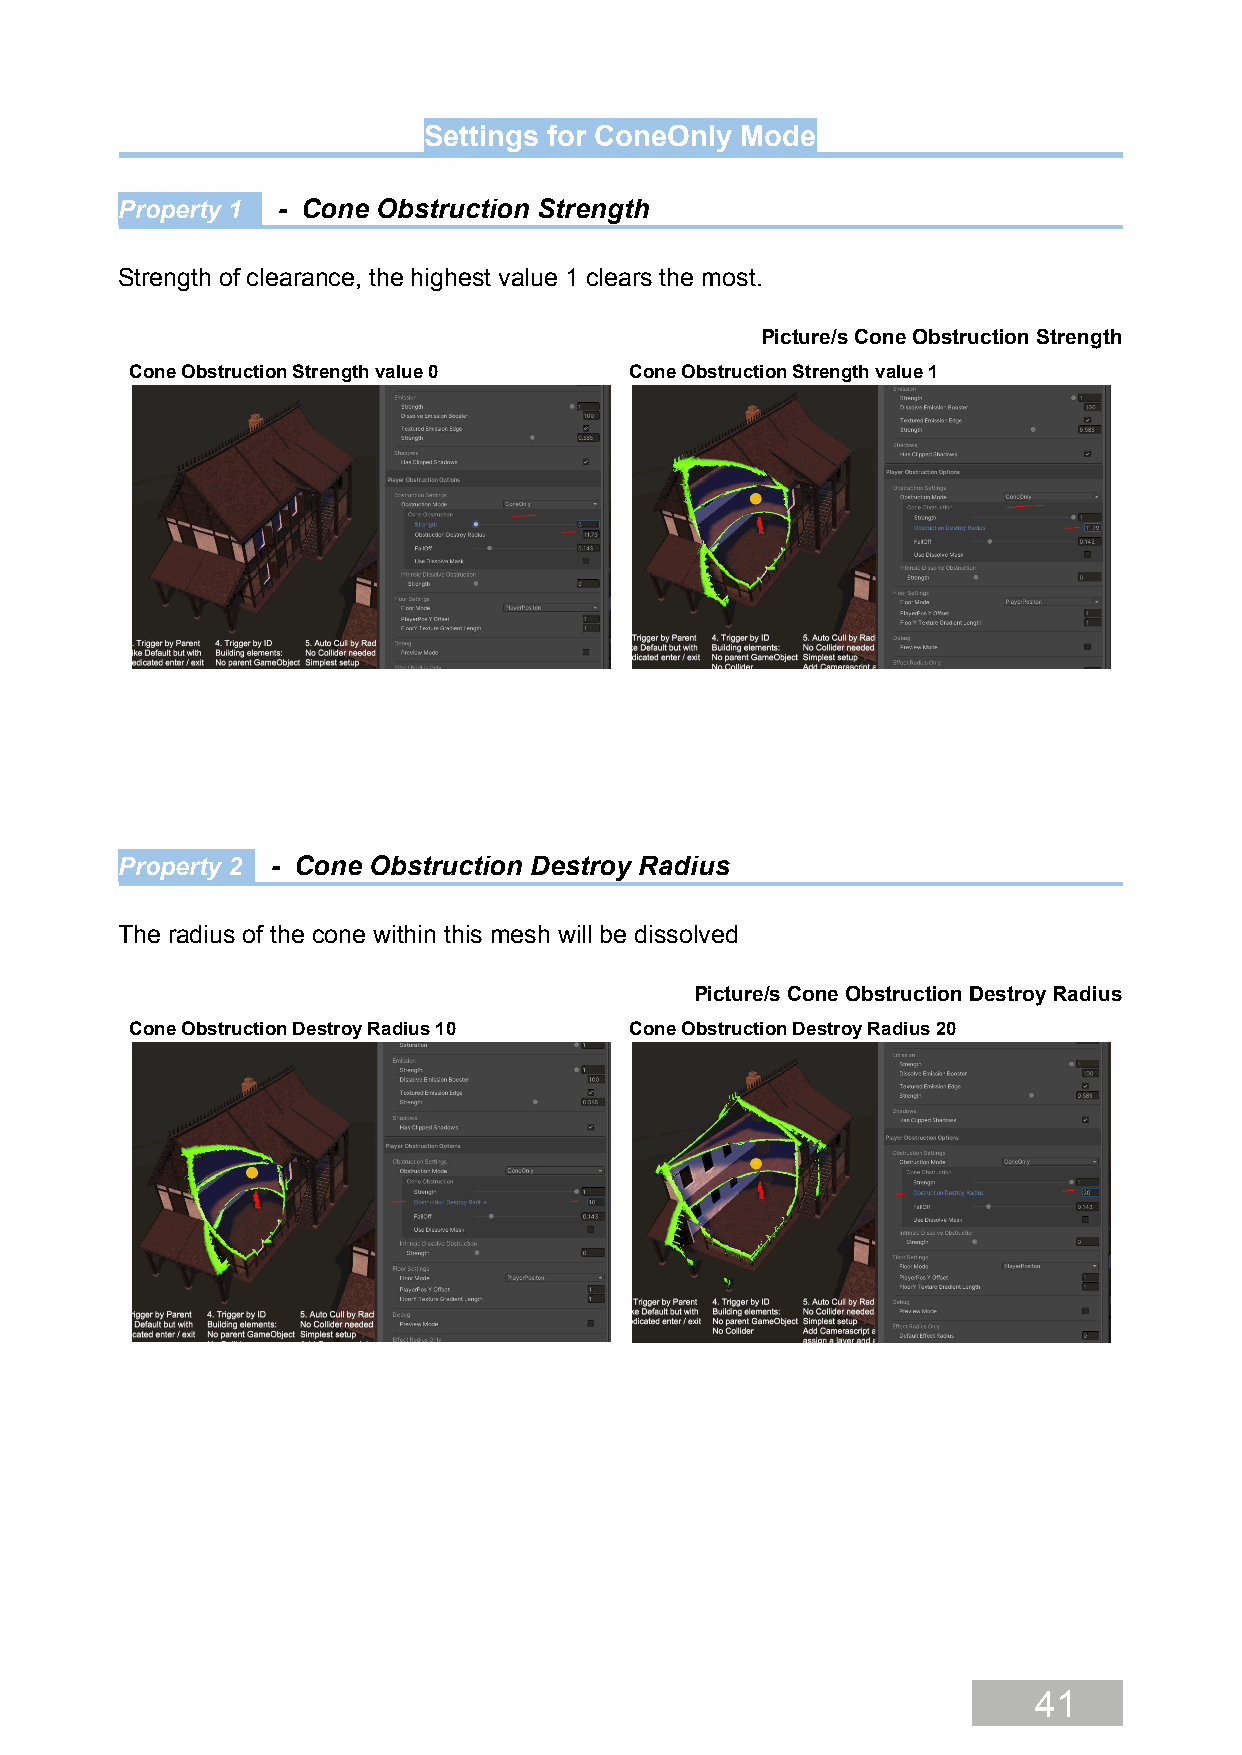
Settings for ConeOnly Mode
 Property 1 - Cone Obstruction Strength
 Strength of clearance, the highest value 1 clears the most.
 Picture/s Cone Obstruction Strength
 Cone Obstruction Strength value 0 Cone Obstruction Strength value 1
 Property 2 - Cone Obstruction Destroy Radius
 The radius of the cone within this mesh will be dissolved
 Picture/s Cone Obstruction Destroy Radius
 Cone Obstruction Destroy Radius 10 Cone Obstruction Destroy Radius 20
 41